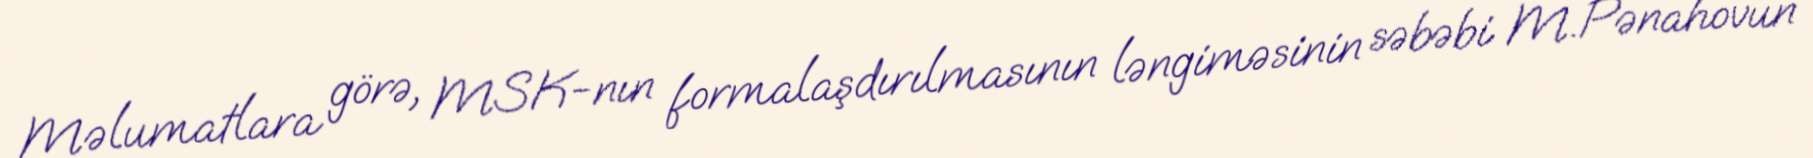
Məlumatlara görə, MSK-nın formalaşdırılmasının ləngiməsinin səbəbi M.Pənahovun